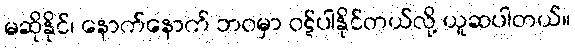
မဆိုနိုင်၊ နောက်နောက် ဘဝမှာ ဝဋ်ပါနိုင်တယ်လို့ ယူဆပါတယ်။